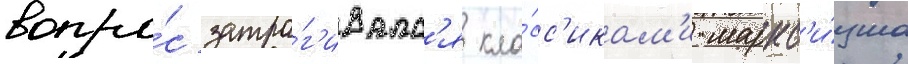
вопро́с затра́г'ивалс'я кла́сс'икам'и маркс'и́зма